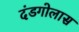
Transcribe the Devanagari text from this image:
दंडगोलास